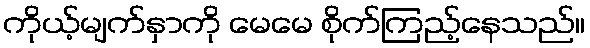
ကိုယ့်မျက်နှာကို မေမေ စိုက်ကြည့်နေသည်။